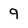
Character: 9